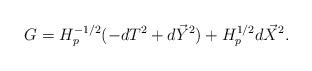
LaTeX: \begin{align*}G=H_p^{-1/2}(-dT^2+d\vec{Y}^2)+H_p^{1/2}d\vec{X}^2.\end{align*}